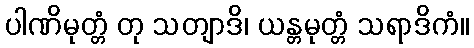
ပါဏိမုတ္တံ တု သတျာဒိ၊ ယန္တမုတ္တံ သရာဒိကံ။